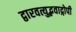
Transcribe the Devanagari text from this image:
द्वारवत्युद्भवाद्गोपी